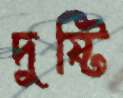
দুষ্টি